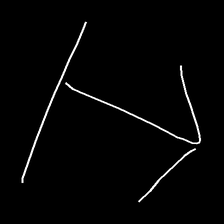
Glyph: levitation